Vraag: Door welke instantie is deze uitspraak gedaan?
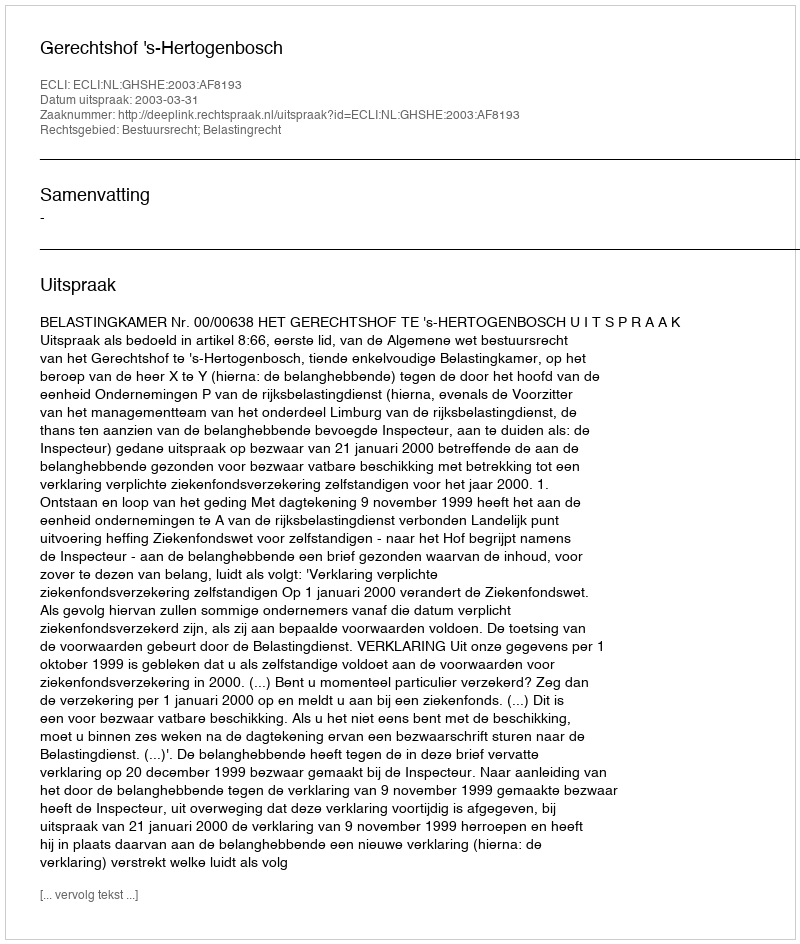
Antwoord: Gerechtshof 's-Hertogenbosch